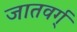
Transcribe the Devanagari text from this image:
जातवर्ग्